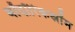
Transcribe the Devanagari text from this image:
बॉदॉरिकस्रॉम